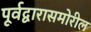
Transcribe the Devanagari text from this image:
पूर्वद्वारासमोरील